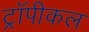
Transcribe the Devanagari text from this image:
ट्रॉपीकल